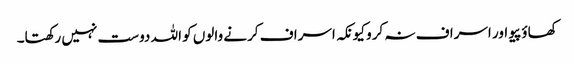
کھاؤ پیو اور اسراف نہ کرو کیونکہ اسراف کرنے والوں کو اللہ دوست نہیں رکھتا۔